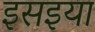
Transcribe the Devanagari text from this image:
इसइया